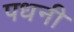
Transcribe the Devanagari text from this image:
पधनी